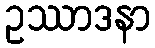
ဥဿာဒနာ